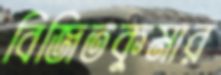
বিজিতকুমার